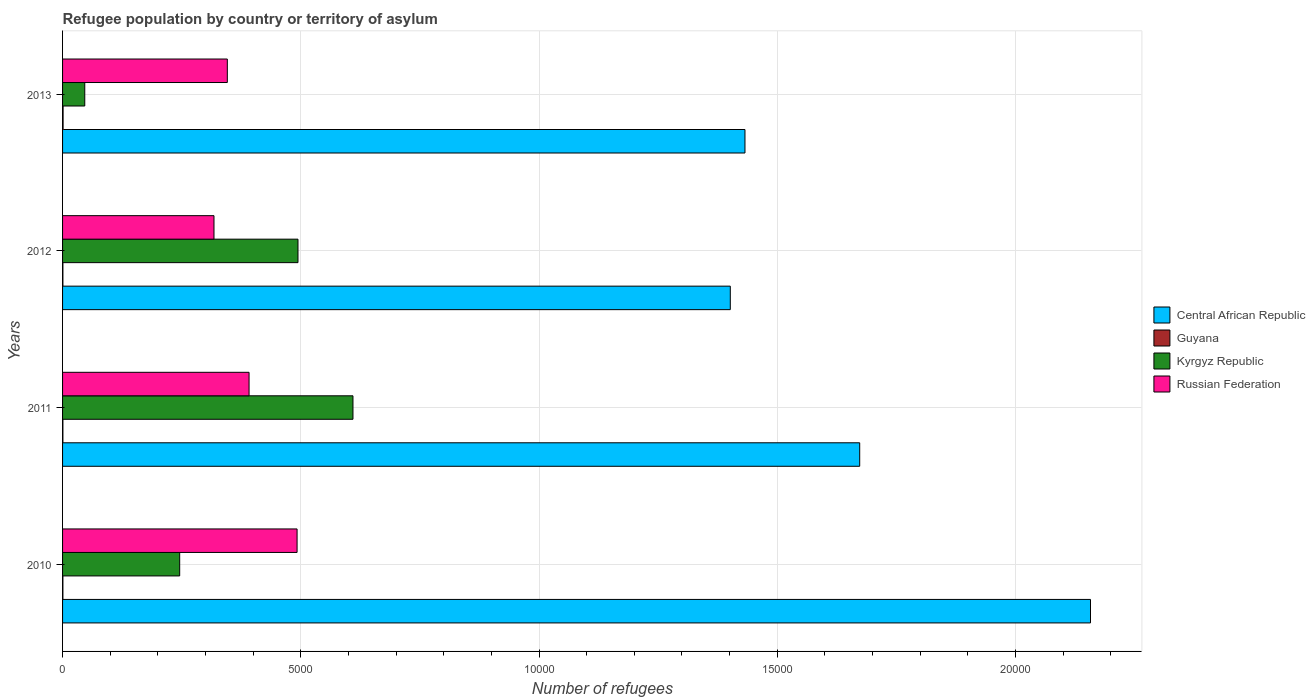
| Years | Central African Republic | Guyana | Kyrgyz Republic | Russian Federation |
 | --- | --- | --- | --- | --- |
 | 2010 | 2.16e+04 | 7 | 2.46e+03 | 4.92e+03 |
 | 2011 | 1.67e+04 | 7 | 6.1e+03 | 3.91e+03 |
 | 2012 | 1.4e+04 | 7 | 4.94e+03 | 3.18e+03 |
 | 2013 | 1.43e+04 | 11 | 466 | 3.46e+03 |